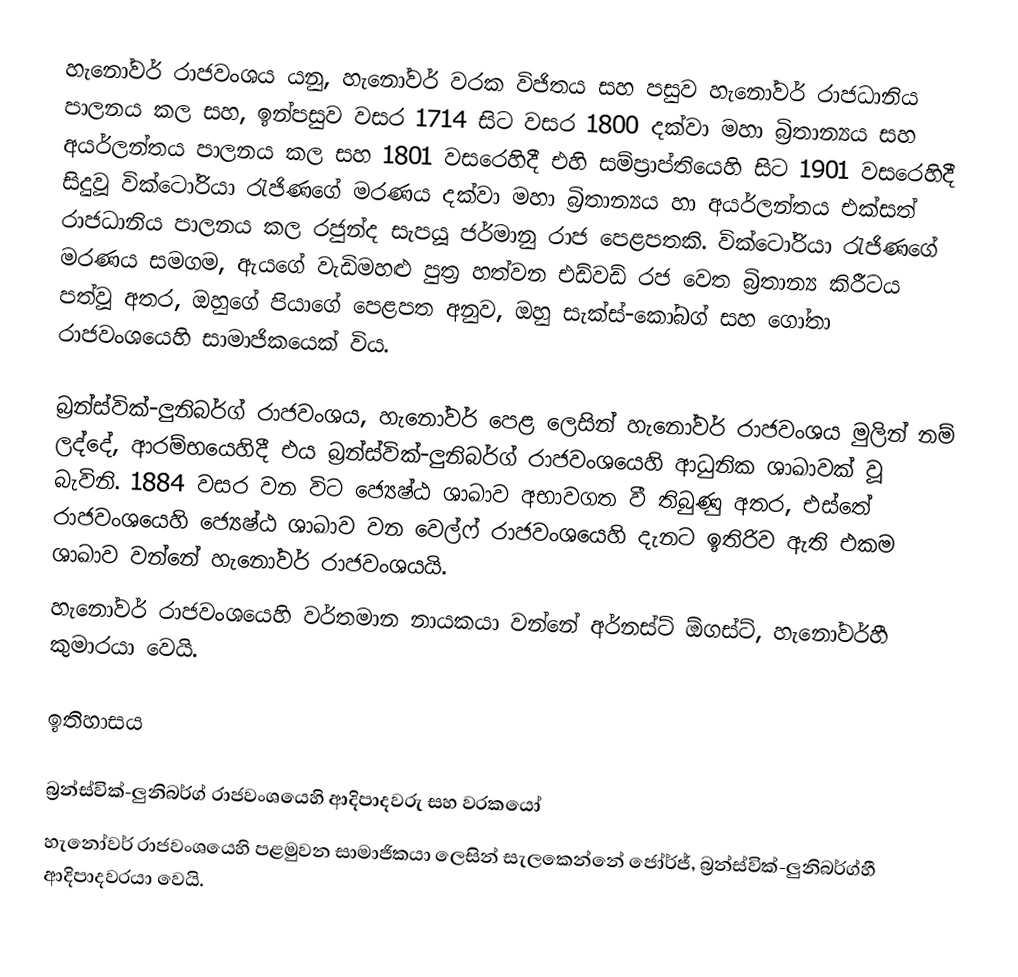
හැනෝවර් රාජවංශය  යනු,  හැනෝවර් වරක විජිතය සහ පසුව  හැනෝවර් රාජධානිය පාලනය කල සහ, ඉන්පසුව වසර 1714 සිට  වසර 1800 දක්වා මහා බ්‍රිතාන්‍යය සහ අයර්ලන්තය පාලනය කල සහ 1801 වසරෙහිදී එහි සම්ප්‍රාප්තියෙහි සිට 1901 වසරෙහිදී සිදුවූ  වික්ටෝරියා රැජිණගේ  මරණය දක්වා මහා බ්‍රිතාන්‍යය හා අයර්ලන්තය එක්සත් රාජධානිය පාලනය කල රජුන්ද සැපයූ  ජර්මානු රාජ පෙළපතකි. වික්ටෝරියා රැජිණගේ මරණය සමගම, ඇයගේ වැඩිමහළු පුත්‍ර  හත්වන එඩ්වඩ් රජ වෙත බ්‍රිතාන්‍ය කිරීටය පත්වූ අතර, ඔහුගේ පියාගේ පෙළපත අනුව, ඔහු  සැක්ස්-කෝබග් සහ ගෝතා රාජවංශයෙහි සාමාජිකයෙක් විය.

බ්‍රන්ස්වික්-ලුනිබර්ග් රාජවංශය, හැනෝවර් පෙළ ලෙසින් හැනෝවර්  රාජවංශය මුලින් නම් ලද්දේ, ආරම්භයෙහිදී එය  බ්‍රන්ස්වික්-ලුනිබර්ග් රාජවංශයෙහි    ආධුනික ශාඛාවක් වූ බැවිනි. 1884 වසර වන විට ජ්‍යෙෂ්ඨ ශාඛාව අභාවගත වී තිබුණු අතර,  එස්තේ රාජවංශයෙහි ජ්‍යෙෂ්ඨ ශාඛාව වන  වෙල්ෆ් රාජවංශයෙහි දැනට ඉතිරිව ඇති එකම ශාඛාව වන්නේ හැනෝවර් රාජවංශයයි.
හැනෝවර් රාජවංශයෙහි වර්තමාන නායකයා වන්නේ   අර්නස්ට් ඕගස්ට්, හැනෝවර්හී කුමාරයා වෙයි.

ඉතිහාසය

බ්‍රන්ස්වික්-ලුනිබර්ග් රාජවංශයෙහි ආදිපාදවරු සහ වරකයෝ
හැනෝවර් රාජවංශයෙහි පළමුවන සාමාජිකයා ලෙසින් සැලකෙන්නේ ජෝර්ජ්, බ්‍රන්ස්වික්-ලුනිබර්ග්හී  ආදිපාදවරයා වෙයි.